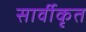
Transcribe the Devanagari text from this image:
सार्वीकृत